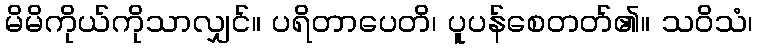
မိမိကိုယ်ကိုသာလျှင်။ ပရိတာပေတိ၊ ပူပန်စေတတ်၏။ သဝိသံ၊